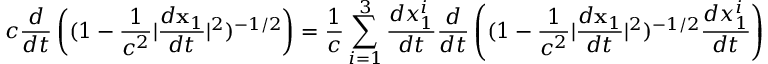
c \frac { d } { d t } \left( ( 1 - \frac { 1 } { c ^ { 2 } } | \frac { d { \bf x } _ { 1 } } { d t } | ^ { 2 } ) ^ { - 1 / 2 } \right) = \frac { 1 } { c } \sum _ { i = 1 } ^ { 3 } \frac { d x _ { 1 } ^ { i } } { d t } \frac { d } { d t } \left( ( 1 - \frac { 1 } { c ^ { 2 } } | \frac { d { \bf x } _ { 1 } } { d t } | ^ { 2 } ) ^ { - 1 / 2 } \frac { d x _ { 1 } ^ { i } } { d t } \right) .